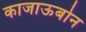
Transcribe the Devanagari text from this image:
काजाऊबोन